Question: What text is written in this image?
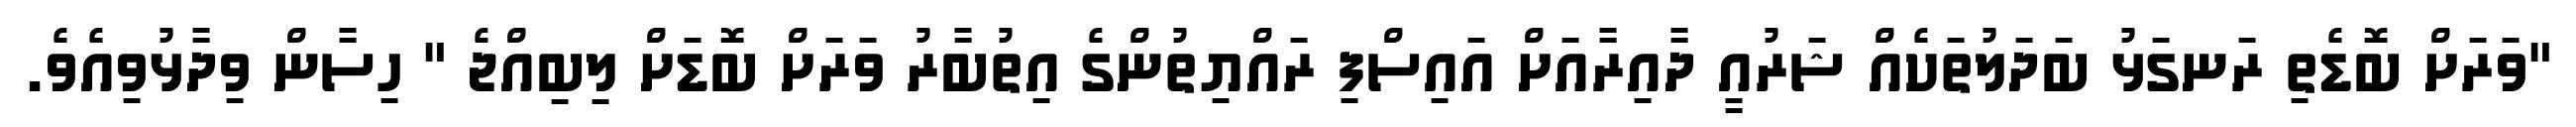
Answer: "ވަރަށް ބޮޑެތި ރަނގަޅު ބަދަލުތަކެއް ޝަރުއީ ދާއިރާއަށް އައިސްފި ރައްޔިތުންގެ އިތުބާރު ވަރަށް ބޮޑަށް ލިބިއްޖެ " ހިސާން ވިދާޅުވިއެވެ.